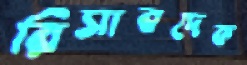
রিসাবদেক